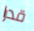
قدرا